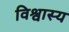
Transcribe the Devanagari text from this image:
विश्वास्य